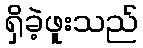
ရှိခဲ့ဖူးသည်